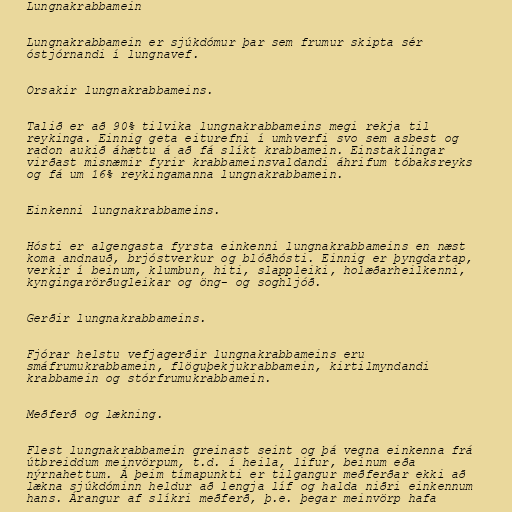
Lungnakrabbamein

Lungnakrabbamein er sjúkdómur þar sem frumur skipta sér
óstjórnandi í lungnavef.

Orsakir lungnakrabbameins.

Talið er að 90% tilvika lungnakrabbameins megi rekja til
reykinga. Einnig geta eiturefni í umhverfi svo sem asbest og
radon aukið áhættu á að fá slíkt krabbamein. Einstaklingar
virðast misnæmir fyrir krabbameinsvaldandi áhrifum tóbaksreyks
og fá um 16% reykingamanna lungnakrabbamein.

Einkenni lungnakrabbameins.

Hósti er algengasta fyrsta einkenni lungnakrabbameins en næst
koma andnauð, brjóstverkur og blóðhósti. Einnig er þyngdartap,
verkir í beinum, klumbun, hiti, slappleiki, holæðarheilkenni,
kyngingarörðugleikar og öng- og soghljóð.

Gerðir lungnakrabbameins.

Fjórar helstu vefjagerðir lungnakrabbameins eru
smáfrumukrabbamein, flöguþekjukrabbamein, kirtilmyndandi
krabbamein og stórfrumukrabbamein.

Meðferð og lækning.

Flest lungnakrabbamein greinast seint og þá vegna einkenna frá
útbreiddum meinvörpum, t.d. í heila, lifur, beinum eða
nýrnahettum. Á þeim tímapunkti er tilgangur meðferðar ekki að
lækna sjúkdóminn heldur að lengja líf og halda niðri einkennum
hans. Árangur af slíkri meðferð, þ.e. þegar meinvörp hafa